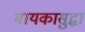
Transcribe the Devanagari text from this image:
बायकासुद्धा